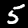
Label: 5